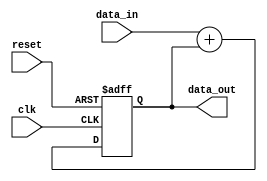
module cascaded_accumulator (
    input wire clk,
    input wire reset,
    input wire [7:0] data_in,
    output wire [7:0] data_out
);

parameter NUM_BLOCKS = 4;
parameter OPERATION_TYPE = 1; // 1 for addition, 2 for subtraction

reg [7:0] accumulator = 0;
reg [7:0] result;

always @(posedge clk or posedge reset)
begin
    if (reset)
    begin
        accumulator <= 0;
    end
    else
    begin
        case (OPERATION_TYPE)
            1: result = data_in + accumulator;
            2: result = data_in - accumulator;
            default: result = 0;
        endcase
        
        if (NUM_BLOCKS > 1)
        begin
            accumulator <= result;
        end
        else
        begin
            accumulator <= accumulator + result;
        end
    end
end

assign data_out = accumulator;

endmodule